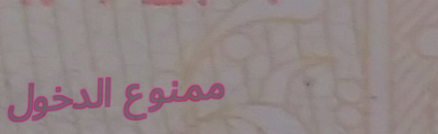
ممنوع الدخول